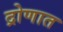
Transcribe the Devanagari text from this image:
द्रोणात